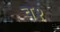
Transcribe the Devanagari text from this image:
व१